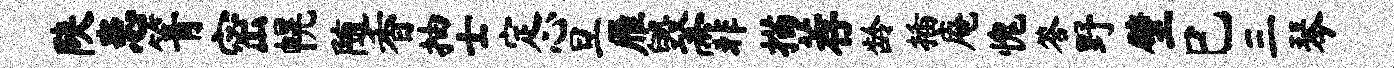
陕患箐密幌随香抽士定心旦雁毁霏描荐龄插庵愧答野壁巳三琴